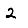
Digit: 2